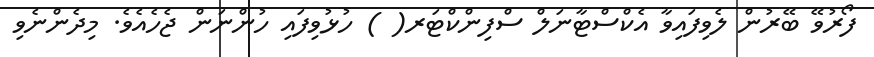
ފޯރުވޭ ބޭރުން ލެވިފައިވާ އެކްސްޓާނަލް ސްފިންކްޓަރ( ) ހުޅުވިފައި ހުންނަން ޖެހެއެވެ. މިދެންނެވި